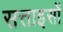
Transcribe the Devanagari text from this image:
सत्ताइसों